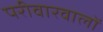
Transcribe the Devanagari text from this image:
परीवारवालों